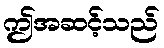
ဤအဆင့်သည်